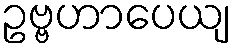
ဥဗ္ဗဟာပေယျ